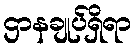
ဌာနချုပ်ရှိရာ